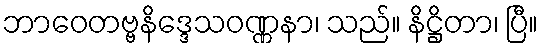
ဘာဝေတဗ္ဗနိဒ္ဒေသဝဏ္ဏနာ၊ သည်။ နိဋ္ဌိတာ၊ ပြီ။